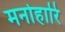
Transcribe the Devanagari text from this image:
मनोहारि